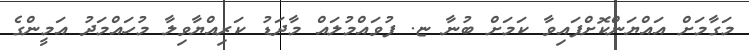
މަގާމަށް އައްޔަންކޮށްފައިވާ ކަމަށް ބުނާ ޏ. ފުވައްމުލައް މާދަޑު ކަރިއްޔާވިލާ މުހައްމަދު އަމީންގެ